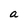
Character: a